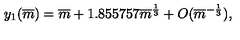
y _ { 1 } ( \overline { { m } } ) = \overline { { m } } + 1 . 8 5 5 7 5 7 \overline { { m } } ^ { \frac { 1 } { 3 } } + O ( \overline { { m } } ^ { - { \frac { 1 } { 3 } } } ) ,